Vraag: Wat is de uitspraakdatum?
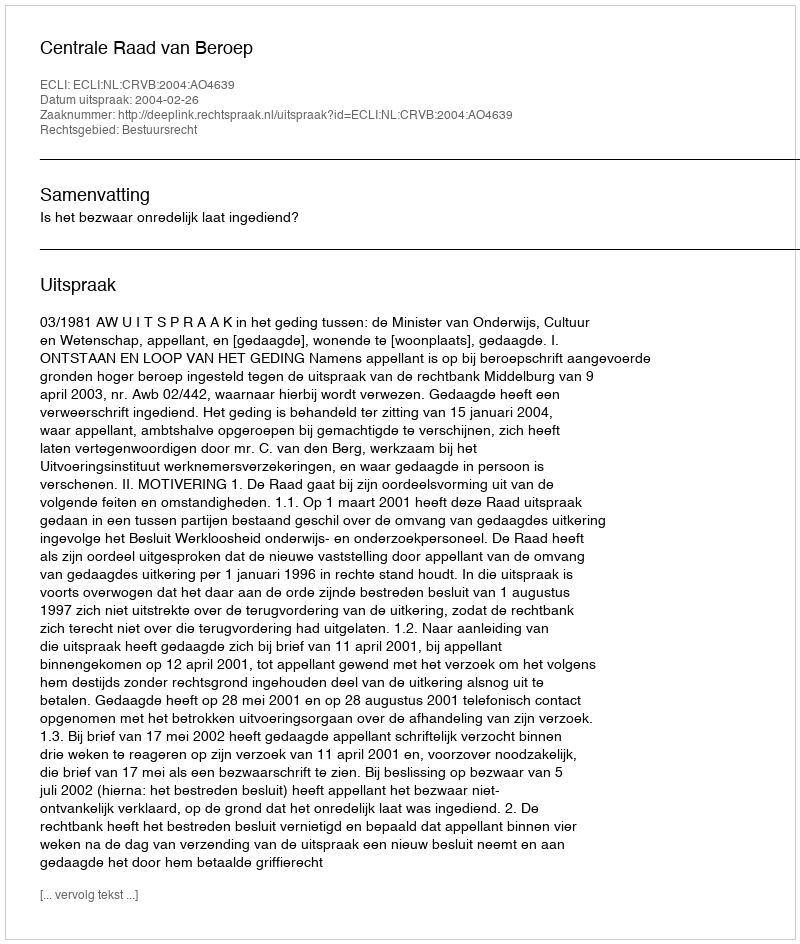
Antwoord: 2004-02-26